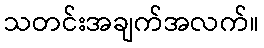
သတင်းအချက်အလက်။